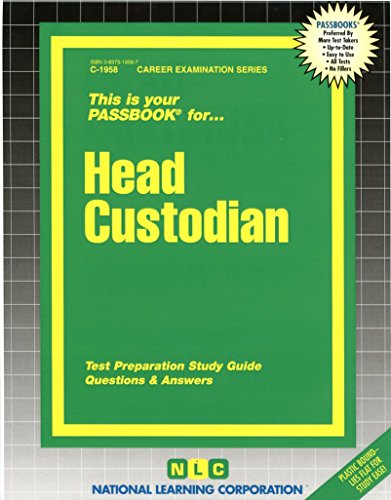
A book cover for Head Custodian(Passbooks) (Career Examination Passbooks); Jack Rudman; Test Preparation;